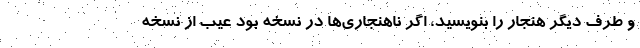
و طرف دیگر هنجار را بنویسید، اگر ناهنجاری‌ها در نسخه بود عیب از نسخه